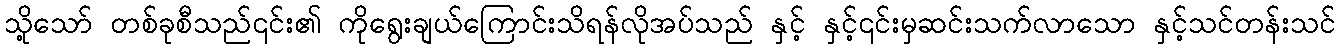
သို့သော် တစ်ခုစီသည်၎င်း၏ ကိုရွေးချယ်ကြောင်းသိရန်လိုအပ်သည် နှင့် နှင့်၎င်းမှဆင်းသက်လာသော နှင့်သင်တန်းသင်